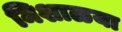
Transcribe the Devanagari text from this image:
मिशाळया